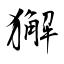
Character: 獬